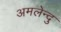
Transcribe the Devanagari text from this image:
अमलेन्दु